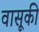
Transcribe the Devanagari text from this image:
वासूकी